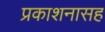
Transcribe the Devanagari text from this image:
प्रकाशनासह